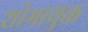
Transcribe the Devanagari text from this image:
शोभायुक्त